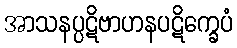
အာသနပ္ပဋိဗာဟနပဋိက္ခေပံ